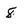
Character: 8